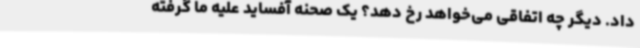
داد. دیگر چه اتفاقی می‌خواهد رخ دهد؟ یک صحنه آفساید علیه ما گرفته